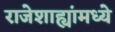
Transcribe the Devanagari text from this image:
राजेशाह्यांमध्ये